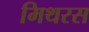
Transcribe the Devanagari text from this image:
मिथरस